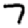
Digit: 7